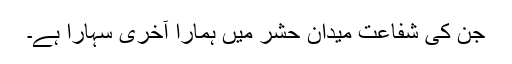
جن کی شفاعت میدان حشر میں ہمارا آخری سہارا ہے۔